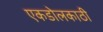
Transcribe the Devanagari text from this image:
एकडोलकाठी